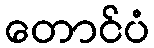
တောင်ပံ